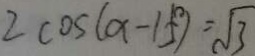
2 \cos ( \alpha - 1 5 ^ { \circ } ) = \sqrt { 3 }